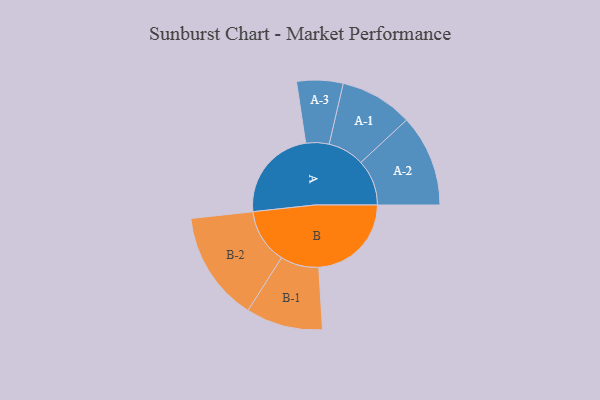
{"axis": {"x": "Segment", "y": "Value"}, "legend": ["", "A", "B"], "data": [{"x": "A", "y": 474, "type": ""}, {"x": "B", "y": 468, "type": ""}, {"x": "A-1", "y": 184, "type": "A"}, {"x": "A-2", "y": 232, "type": "A"}, {"x": "A-3", "y": 117, "type": "A"}, {"x": "B-1", "y": 194, "type": "B"}, {"x": "B-2", "y": 278, "type": "B"}]}